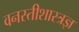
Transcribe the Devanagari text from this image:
वनस्तीशास्त्रज्ञ